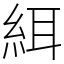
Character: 䋙